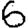
Digit: 6